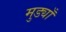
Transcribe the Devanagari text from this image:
मुड्याँ